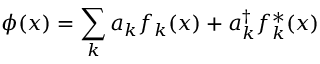
\phi ( x ) = \sum _ { k } a _ { k } f _ { k } ( x ) + a _ { k } ^ { \dagger } f _ { k } ^ { * } ( x )